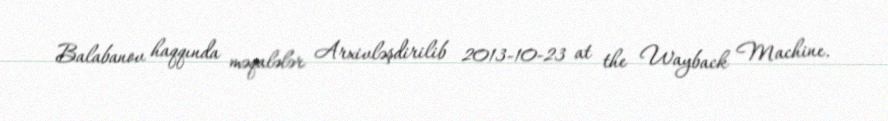
Balabanov haqqında məqalələr Arxivləşdirilib 2013-10-23 at the Wayback Machine.